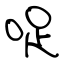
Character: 哫